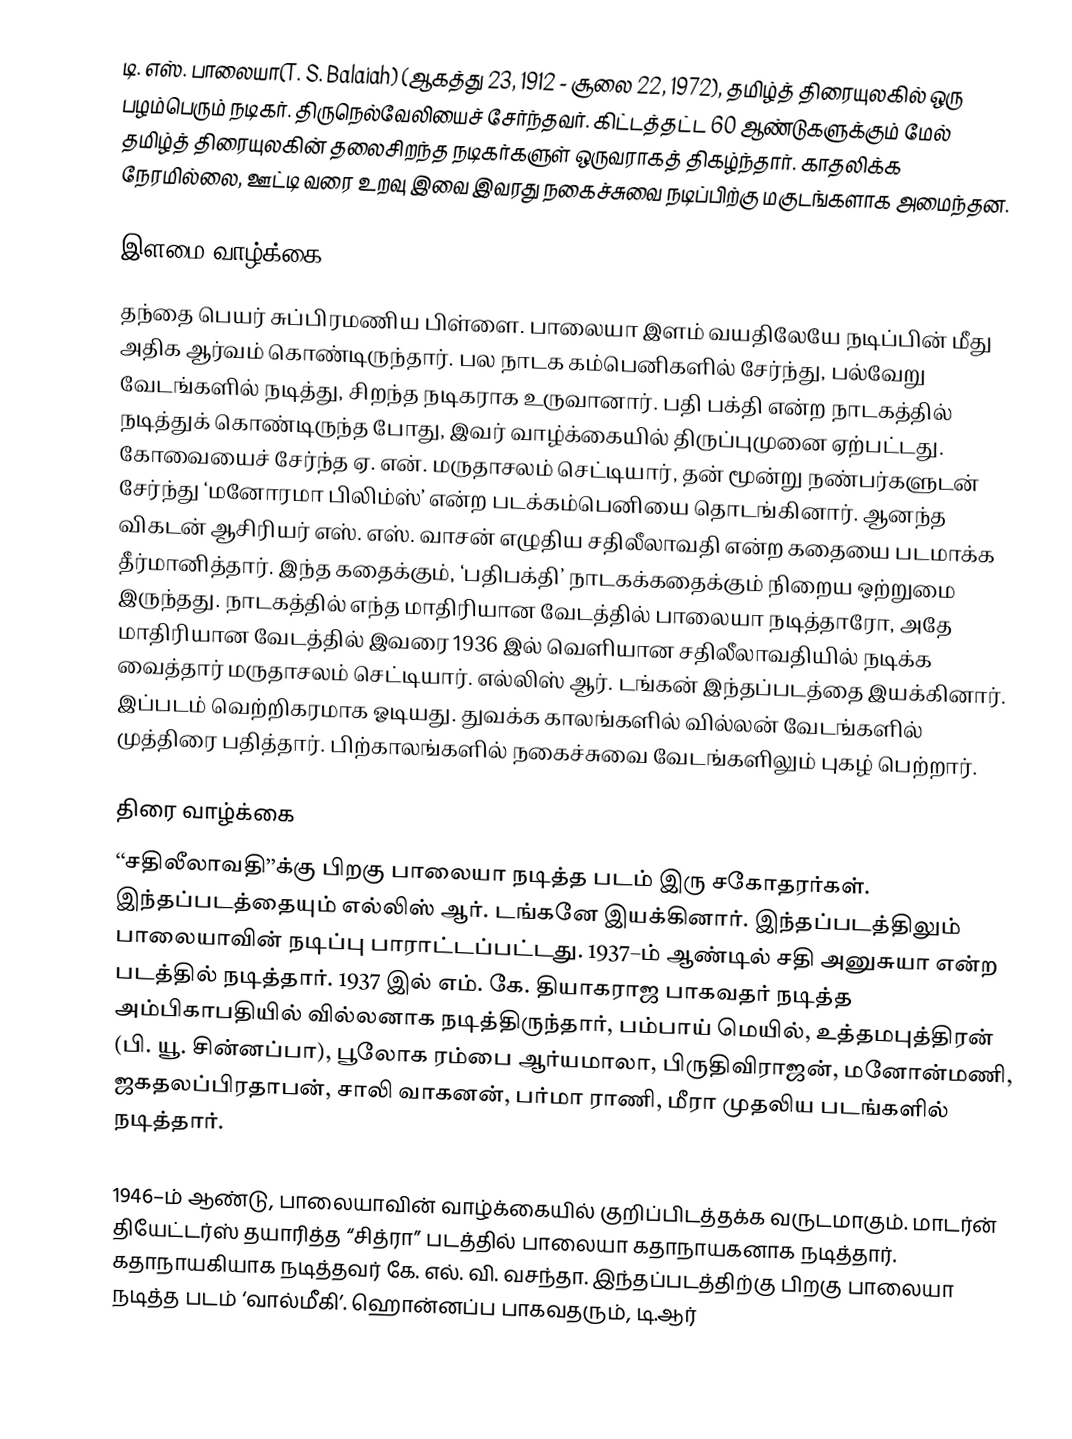
டி. எஸ். பாலையா(T. S. Balaiah) (ஆகத்து 23, 1912 - சூலை 22, 1972), தமிழ்த் திரையுலகில் ஒரு பழம்பெரும் நடிகர். திருநெல்வேலியைச் சேர்ந்தவர்.  கிட்டத்தட்ட 60 ஆண்டுகளுக்கும் மேல் தமிழ்த் திரையுலகின் தலைசிறந்த நடிகர்களுள் ஒருவராகத் திகழ்ந்தார். காதலிக்க நேரமில்லை, ஊட்டி வரை உறவு இவை இவரது நகைச்சுவை நடிப்பிற்கு மகுடங்களாக அமைந்தன.

இளமை வாழ்க்கை
தந்தை பெயர் சுப்பிரமணிய பிள்ளை. பாலையா இளம் வயதிலேயே நடிப்பின் மீது அதிக ஆர்வம் கொண்டிருந்தார். பல நாடக கம்பெனிகளில் சேர்ந்து, பல்வேறு வேடங்களில் நடித்து, சிறந்த நடிகராக உருவானார். பதி பக்தி என்ற நாடகத்தில் நடித்துக் கொண்டிருந்த போது, இவர் வாழ்க்கையில் திருப்புமுனை ஏற்பட்டது. கோவையைச் சேர்ந்த ஏ. என். மருதாசலம் செட்டியார், தன் மூன்று நண்பர்களுடன் சேர்ந்து ‘மனோரமா பிலிம்ஸ்’ என்ற படக்கம்பெனியை தொடங்கினார். ஆனந்த விகடன் ஆசிரியர் எஸ். எஸ். வாசன் எழுதிய சதிலீலாவதி என்ற கதையை படமாக்க தீர்மானித்தார். இந்த கதைக்கும், ‘பதிபக்தி’ நாடகக்கதைக்கும் நிறைய ஒற்றுமை இருந்தது. நாடகத்தில் எந்த மாதிரியான வேடத்தில் பாலையா நடித்தாரோ, அதே மாதிரியான வேடத்தில் இவரை 1936 இல் வெளியான சதிலீலாவதியில் நடிக்க வைத்தார் மருதாசலம் செட்டியார். எல்லிஸ் ஆர். டங்கன் இந்தப்படத்தை இயக்கினார். இப்படம் வெற்றிகரமாக ஓடியது. துவக்க காலங்களில் வில்லன் வேடங்களில் முத்திரை பதித்தார். பிற்காலங்களில் நகைச்சுவை வேடங்களிலும் புகழ் பெற்றார்.

திரை வாழ்க்கை
‘‘சதிலீலாவதி’’க்கு பிறகு பாலையா நடித்த படம் இரு சகோதரர்கள். இந்தப்படத்தையும் எல்லிஸ் ஆர். டங்கனே இயக்கினார். இந்தப்படத்திலும் பாலையாவின் நடிப்பு பாராட்டப்பட்டது. 1937–ம் ஆண்டில் சதி அனுசுயா என்ற படத்தில் நடித்தார். 1937 இல் எம். கே. தியாகராஜ பாகவதர் நடித்த அம்பிகாபதியில் வில்லனாக நடித்திருந்தார், பம்பாய் மெயில், உத்தமபுத்திரன் (பி. யூ. சின்னப்பா), பூலோக ரம்பை ஆர்யமாலா, பிருதிவிராஜன், மனோன்மணி, ஜகதலப்பிரதாபன், சாலி வாகனன், பர்மா ராணி, மீரா முதலிய படங்களில் நடித்தார்.

1946–ம் ஆண்டு, பாலையாவின் வாழ்க்கையில் குறிப்பிடத்தக்க வருடமாகும். மாடர்ன் தியேட்டர்ஸ் தயாரித்த ‘‘சித்ரா’’ படத்தில் பாலையா கதாநாயகனாக நடித்தார். கதாநாயகியாக நடித்தவர் கே. எல். வி. வசந்தா. இந்தப்படத்திற்கு பிறகு பாலையா நடித்த படம் ‘வால்மீகி’. ஹொன்னப்ப பாகவதரும், டி.ஆர்